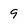
Character: 9